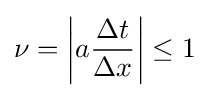
\nu =\left|a{\frac {\Delta t}{\Delta x}}\right|\leq 1